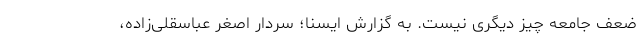
ضعف جامعه چیز دیگری نیست. به گزارش ایسنا؛ سردار اصغر عباسقلی‌زاده،